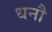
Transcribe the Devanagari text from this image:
धनौ